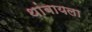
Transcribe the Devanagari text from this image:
थांबायला